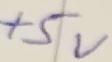
Text: 22uF